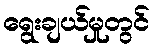
ရွေးချယ်မှုတွင်